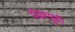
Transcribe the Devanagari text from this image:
पंढरपूरी